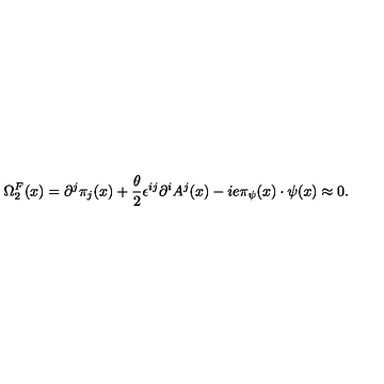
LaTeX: \Omega _ { 2 } ^ { F } ( x ) = \partial ^ { j } \pi _ { j } ( x ) + \frac { \theta } { 2 } \epsilon ^ { i j } \partial ^ { i } A ^ { j } ( x ) - i e \pi _ { \psi } ( x ) \cdot \psi ( x ) \approx 0 .